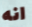
انه